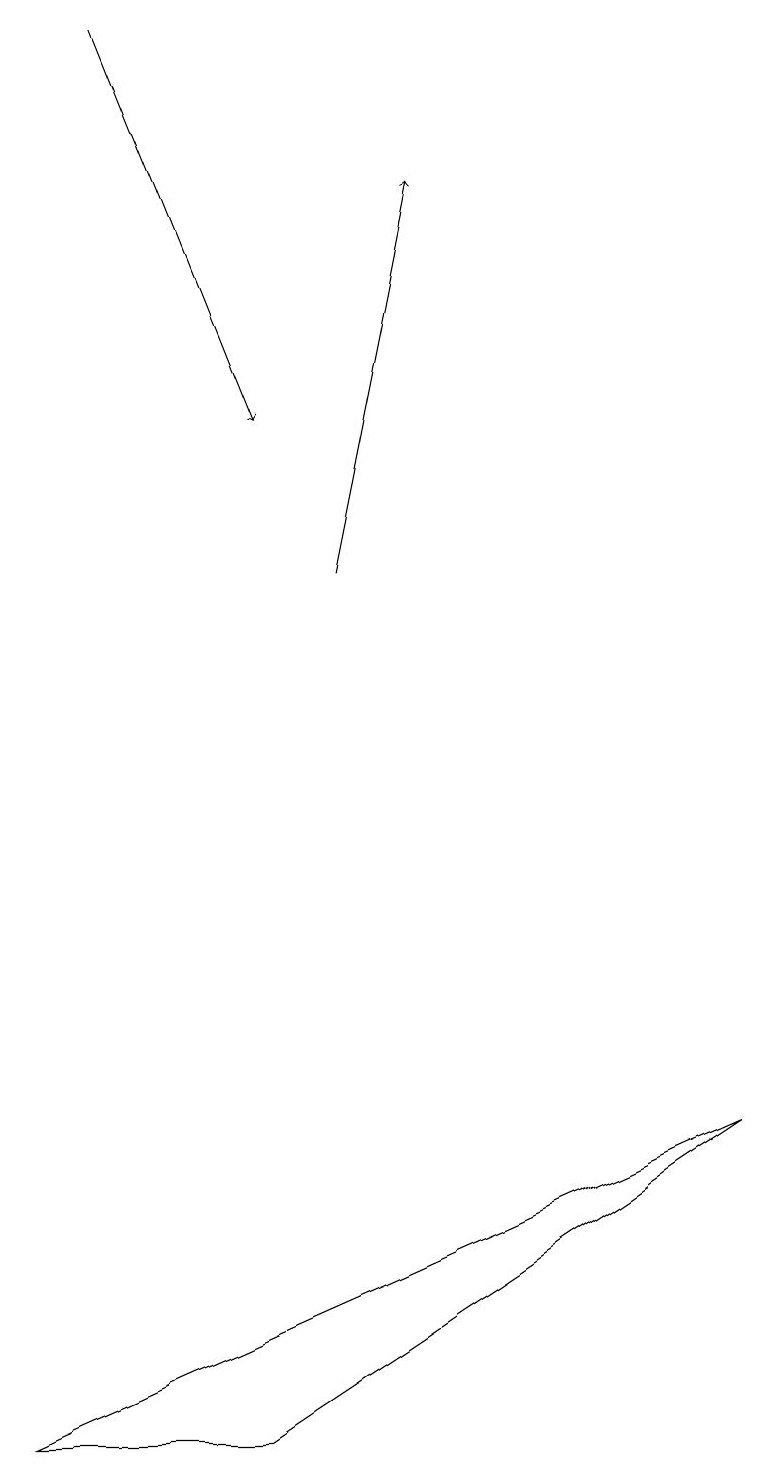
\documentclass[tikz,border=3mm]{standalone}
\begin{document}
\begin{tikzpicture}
\draw[->] (1,18) -- (3,13);
\draw (9,4) -- (3,0) -- (0,0) -- cycle;
\draw[->] (4,11) -- (5,16);
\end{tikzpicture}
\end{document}